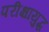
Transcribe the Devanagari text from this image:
परीक्षायुद्ध